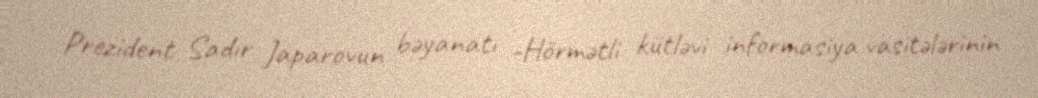
Prezident Sadır Japarovun bəyanatı -Hörmətli kütləvi informasiya vasitələrinin